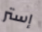
إستر